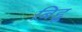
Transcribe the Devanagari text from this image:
बिद्दू